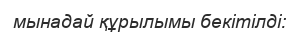
мынадай құрылымы бекітілді: